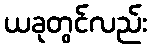
ယခုတွင်လည်း